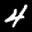
Label: 4